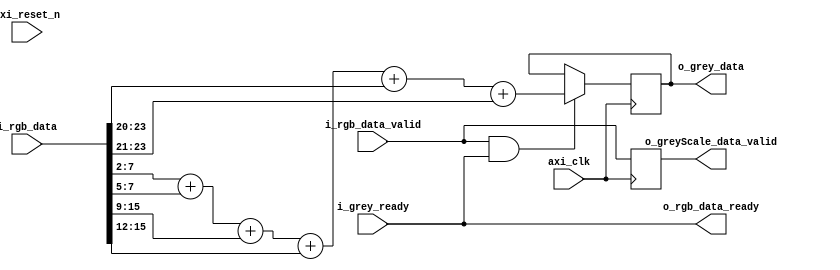
`timescale 1ns / 1ps
//////////////////////////////////////////////////////////////////////////////////
// Company:
// Engineer:
//
// Design Name:
// Module Name: rgb2grey
// Project Name:
// Target Devices:
// Tool Versions:
// Description:
//
// Dependencies:
//
// Revision:
// Revision 0.01 - File Created
// Additional Comments:
//
//////////////////////////////////////////////////////////////////////////////////


module rgb2grey(
// RGB through axi stream interface
input    axi_clk,
input    axi_reset_n,
input    i_rgb_data_valid,
input [23:0] i_rgb_data,
output   o_rgb_data_ready,
output reg  o_greyScale_data_valid,
output reg [7:0] o_grey_data,
input    i_grey_ready
);

wire [7:0] w_red;
wire [7:0] w_green;
wire [7:0] w_blue;
wire [31:0] filteredData;

assign o_rgb_data_ready = i_grey_ready;
assign w_red = i_rgb_data[7:0];
assign w_green = i_rgb_data[15:8];
assign w_blue = i_rgb_data[23:16];

always @(posedge axi_clk)
begin
    if(i_rgb_data_valid & o_rgb_data_ready)
        o_grey_data <= (w_red>>2)+(w_red>>5)+(w_green>>1)+(w_green>>4)+(w_blue>>4)+(w_blue>>5);
end

always @(posedge axi_clk)
begin
    o_greyScale_data_valid <= i_rgb_data_valid;
end

endmodule